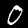
Digit: 0